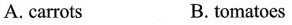
A. carrots B. tomatoes